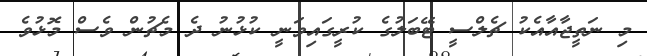
މި ނަތީޖާއާއެކު ޗެލްސީ ޓޭބަލުގެ ކުރީގައިވަނީ ކުޅުނު ދެ މެޗުން ވެސް މޮޅުވެ